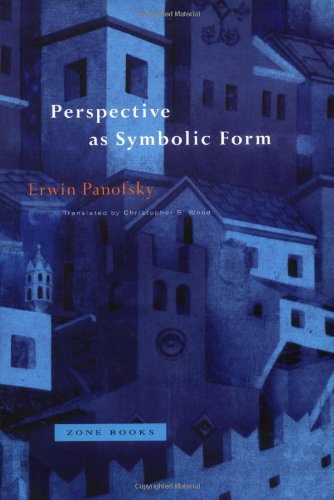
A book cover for Perspective as Symbolic Form; Erwin Panofsky; Arts & Photography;